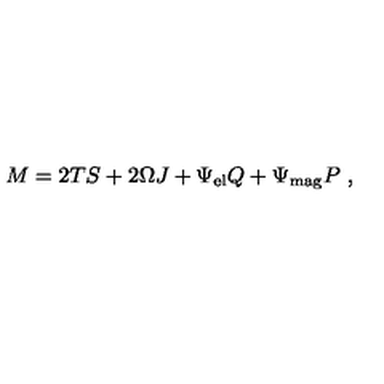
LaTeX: M = 2 T S + 2 \Omega J + \Psi _ { \mathrm { e l } } Q + \Psi _ { \mathrm { m a g } } P \ ,